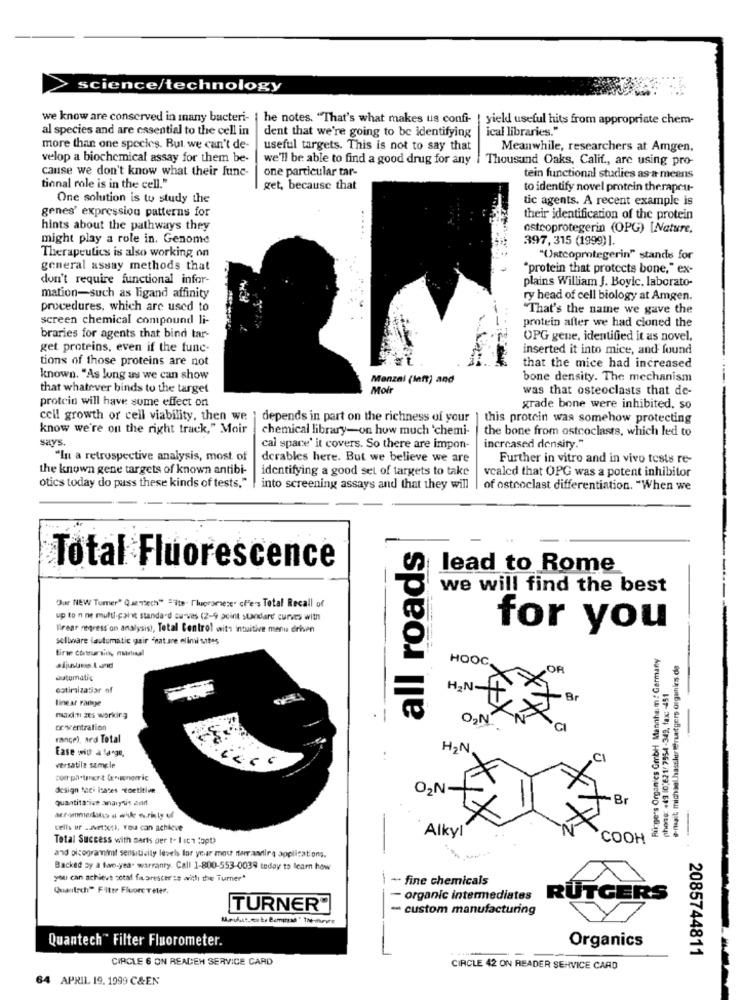
science/technology
we know are conserved in many bacteri- | he notes. "That's what makes us confi- ! yield useful hits from appropriate chem-
al species and are essential to the cell in
dent that we're going to be identifying
ical libraries."
more than one species. But we can't de-
useful targets. This is not to say that
Meanwhile, researchers at Amgen,
velop a biochemical assay for them be-
we'll be able to find a good drug for any | Thousand Oaks, Calif ., are using pro-
cause we don't know what their func-
one particular tar-
tein functional studies as a means
tional role is in the cell."
get, because that
to identify novel pmtein therapeut-
One solution is to study the
tic agents. A recent example is
genes' expression patterns for
their identification of the protein
hints about the pathways they
ostroprotegerin (OPG) [Nature,
might play a role in. Genome
397, 315 (1999)].
Therapeutics is also working on
"Ustcoprotegerin" stands for
general assay methods that
"protein that protects bone," ex-
don't require functional infor-
plains William J. Boylc. laborato-
mation-such as ligand affinity
ry head of cell biology at Amgen.
procedures, which are used to
"That's the name we gave the
screen chemical compound li-
protein after we had cloned the
braries for agents that bind tar-
OPG gene, identified it as novel,
get proteins, even if the func-
inserted it into mice, and found
tions of those proteins are not
that the mice had increased
known. "As long as we can show
Menzal (left) and
bone density. The mechanism
that whatever binds to the target
Moir
was that osteoclasts that de-
protein will have some effect on
grade bone were inhibited, so
cell growth or cell viability, then we
depends in part on the richness of your
this protein was somehow protecting
know we're on the right track," Moir
chemical library-on how much 'chemi-
the bone from ostcoclasts, which led to
says.
cal space' it covers. So there are impon-
increased density."
"In a retrospective analysis, most of
derables here. But we believe we are
Further in vitro and in vivo tests re-
the known gene targets of known antibi-
identifying a good set of targets to take
vcaled that OPG was a potent inhibitor
otics today do pass these kinds of tests."
into screening assays and that they will
of osteoclast differentiation. "When we
all roads
Total Fluorescence
lead to Rome
we will find the best
"Jar NEW Turner" Quzech" ="ite- ['lupromete. cl'e's Total Recall of
up to n ne multi-paint standard eu-vas (2-9 point standard curves with
Trear regress on analysis), Total Control wits intuitive menu driven
for you
sellware lautumatic gair "nat are elini sates
firme conursing manual
Runge's Organics Gmbh Mannhe: m : Germany
HOOC,
e-mail michael.hassler@@rutgers organks.de
sijustus.t and
automatic
phone: +49 (0)621/ 7554 -349, fax: - 451
ostimalzatiar of
HAN-
linear rathje
max:ti zes working
O,N
or ventralion
rance), ard Total
Ease with a large,
HAN
CI
versatile sample
design Mei lates Toetitive
ON
Quantitative analysis and
Br
acrommerkstes a wide erity of
cells or . Next), You can achieve
Alkyl
Total Success with sarts per to I ich tapt
-
COOH
and oicogramimt sensitivity levels Ior year moc ferrantire applications.
Backed sy a fan.year warranty. Call 1-800-553-0039 tuday to learn how
you can achieve cotaf florescer'ss with the Turner"
~ fine chemicals
Quatsch" Fiter Fluore Telef.
organic intermediates
RUTGERS
TURNER"
- custom manufacturing
Quantech™ Filter Fluorometer.
Organics
2085744811
CIRCLE 6 ON READEH SERVICE CARD
CIRCLE 42 ON READER SERVICE CARD
64 APRIL 19. 1999 C&EN